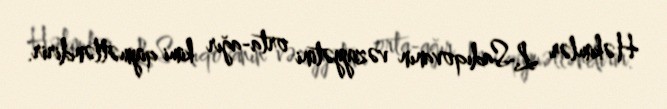
Həkimlər L.Sadıqovanın vəziyyətini orta-ağır kimi qiymətləndirir.